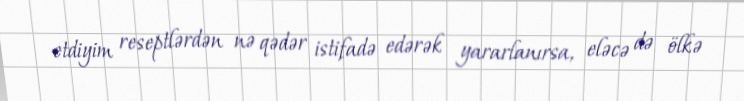
etdiyim reseptlərdən nə qədər istifadə edərək yararlanırsa, eləcə də ölkə